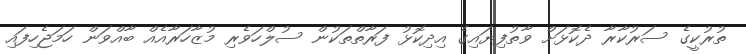
ތުރުކީގެ ސަރުކާރާ ދެކޮޅަށް ވާތުފިޔައިގެ އިދިކޮޅު ފަރާތްތަކުން ސުލްހަވެރި މުޒާހަރާއެއް ބާއްވަން ހަމަޖެހިފައި